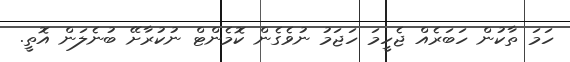
ހަމަ ތާކުން ހަބަރެއް ޖެހީމަ ހަޖަމު ނުވެގެން ކޮމެންޓް ނުކުރާށޭ ބުނެލަން އޮތީ.